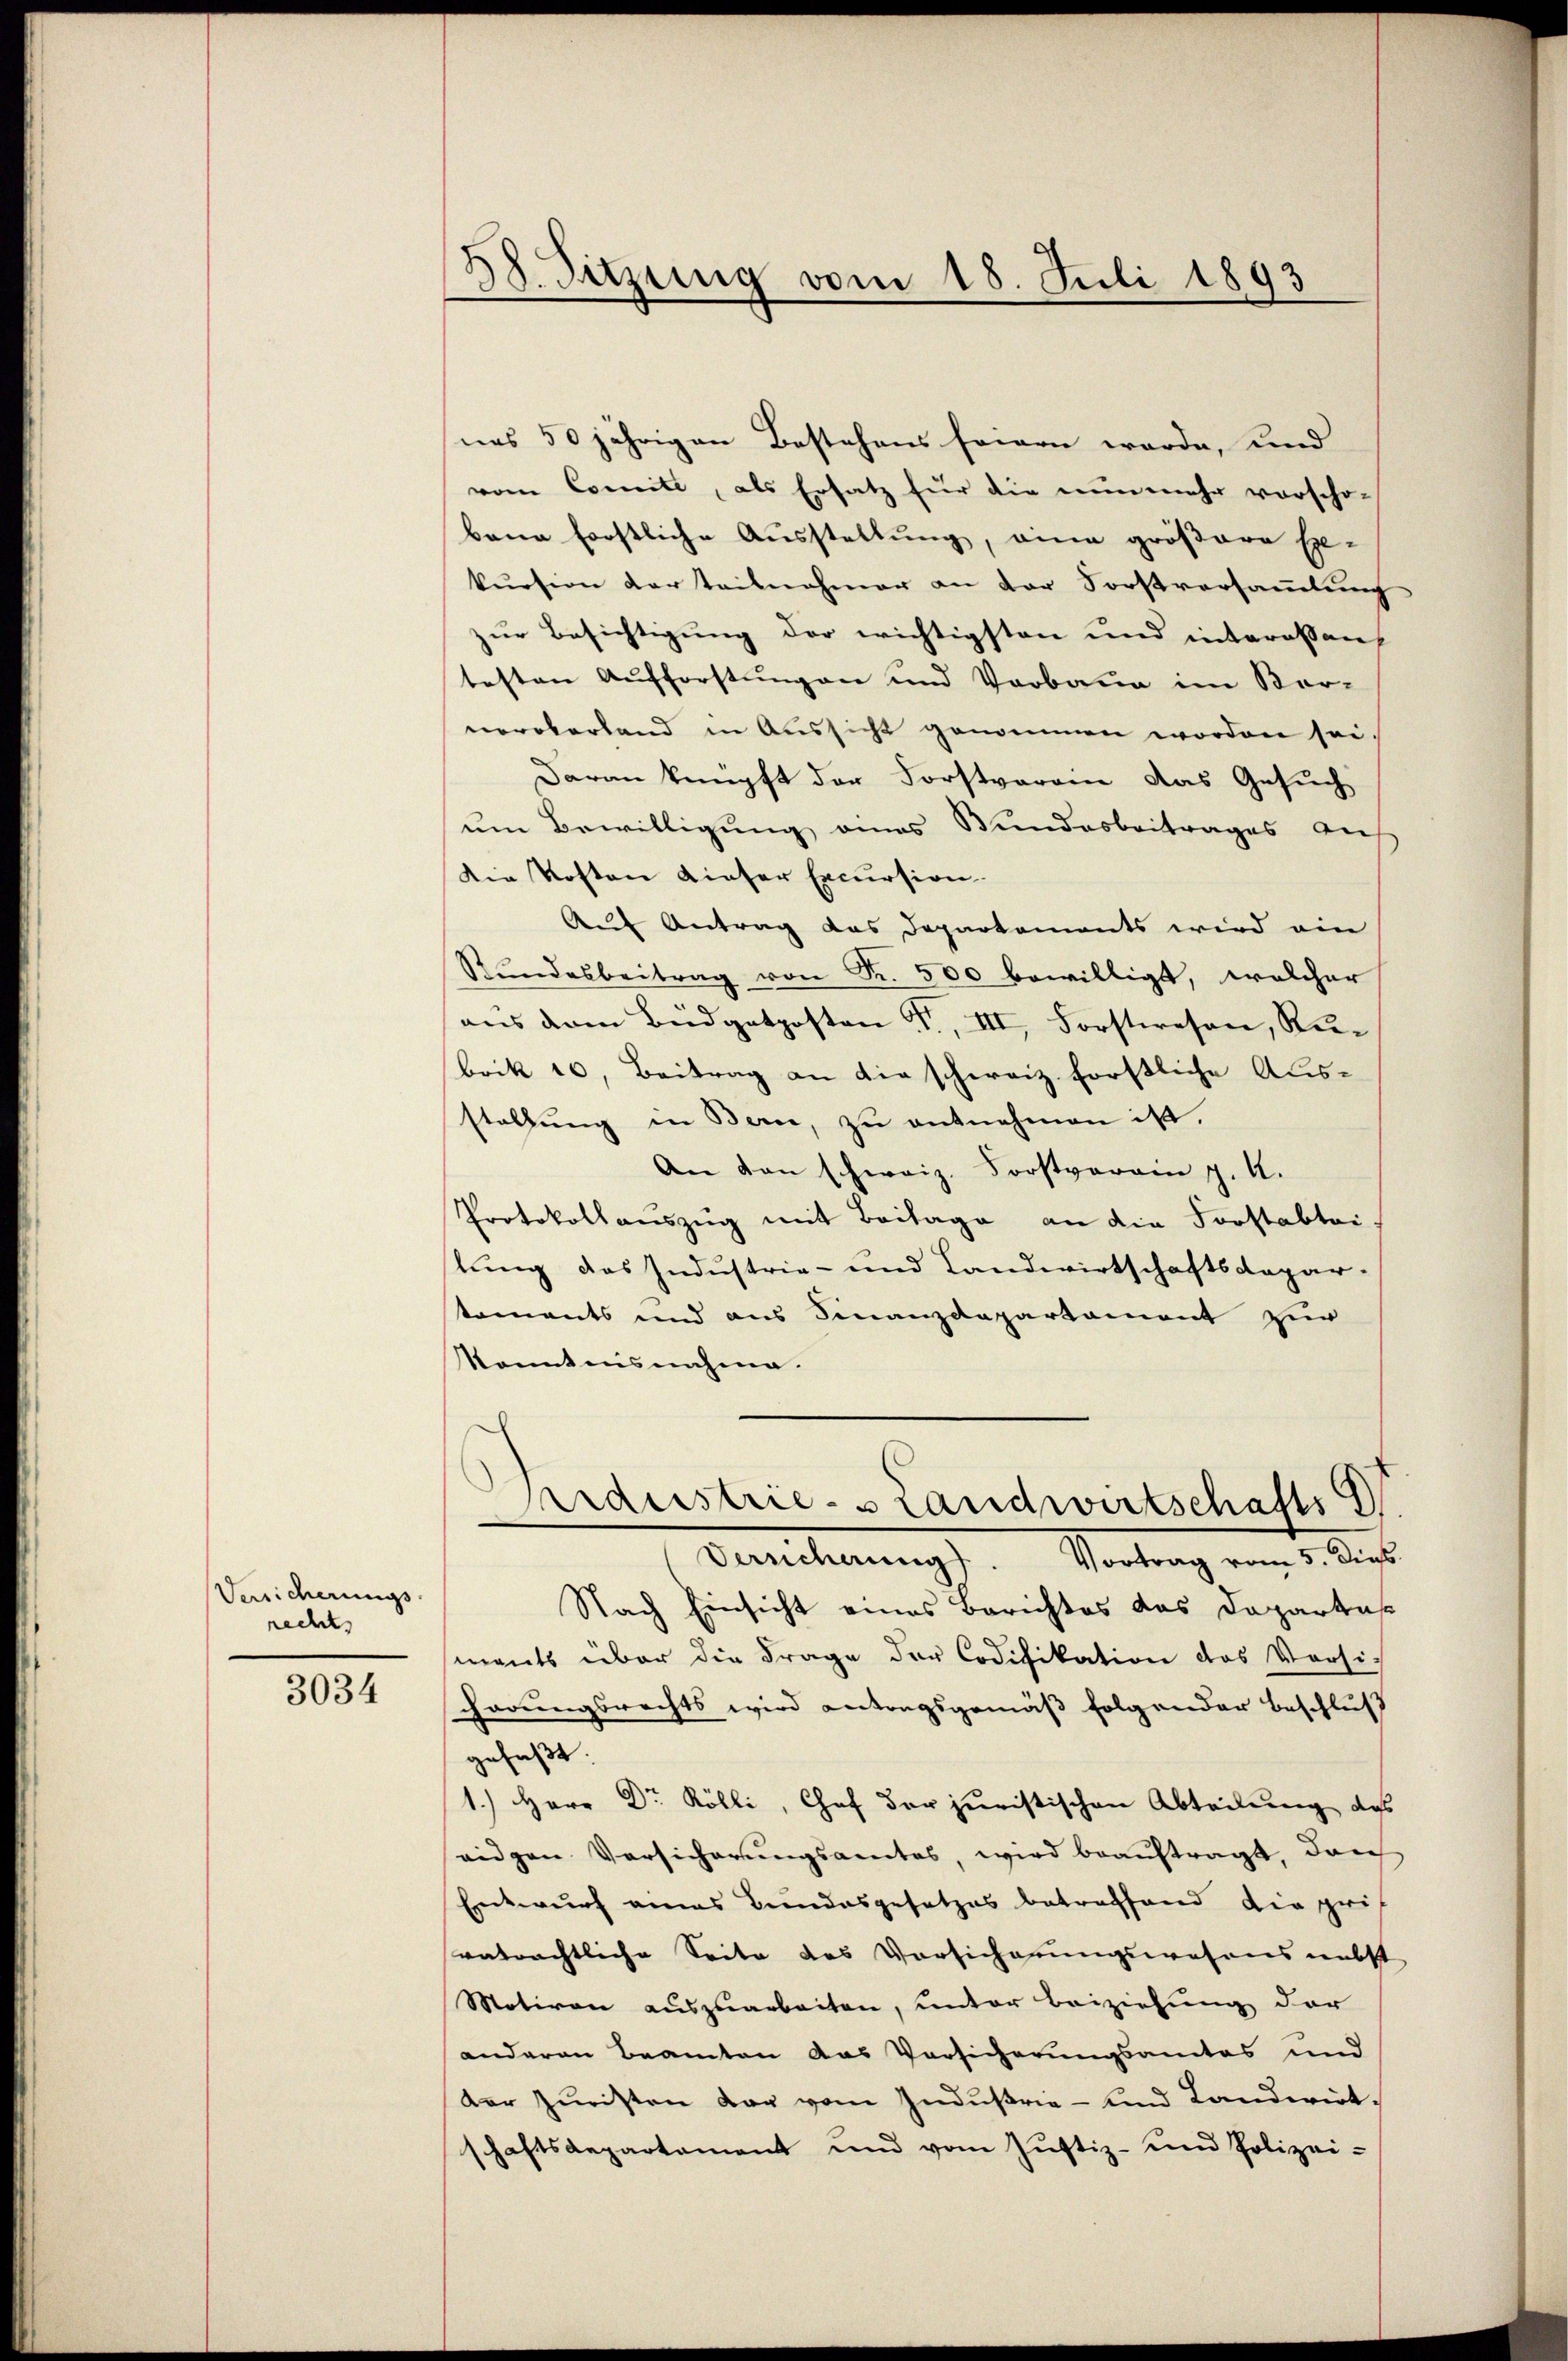
Versicherungs-
recht

3034

d
Suzung vom 18. Juli 1893

nas 50jährigen Bestehens feiern werde, und
vom Comite, als Ersatz für die nunmehr vorscho-
bana forstliche Ausstellung, eine größere Ex-
kursion der teilnehmer an der Forstversammlung
zur Besichtigung der wichtigsten und interessen
testen Aufforstungen und Vorbaue im Ver-
neroberland in Aussicht genommen worden sei.
Daran knüpft der Forstverane das Gesuch
um Bewilligung eines Bundesbeitrages auf
Die Kosten dieser Excursion.
Auf Antrag das Departements wird ein
Rŭndesbeitrag von Fr. 500 bewilligt, welcher
ans dem Büdgetposten F. III. Forstwesen, Rubrik 10, Beitrag an die schweiz. forstliche Ausstellung in Bern, zu entnehmen ist.
An den schweiz. Forstverein J. A.
Protokollauszug mit Baitage an die Forstabtoilung das Industrie- und Landwirtschaftsdepartaments und aus Finanzdepartament zur
konntensnahme.
Argeistrie-slandwirtschafts
Verscherung. Vortrag vom 5. die
Nach Einsicht eines Berichtes das Daparkas
mants über die Frage der Codifikation des Versi-
charungsrechts wird antragsgemäß folgender Beschluß
gefaßt:
1.) Herr Dr Rölli, Chef der juristischen Abteilung das
eidgen. Versicherungsamtes, wird beauftragt, durch
Entwurf eines Bundesgesetzes betreffend die grif
veträchtliche Seite des Vorsicherungswahres nebst
Motiven auszuarbeiten, unter Beiziehung der
anderen Beamten das Vorsicherungsamtes und
der Zuristen dar vom Industrie - und Landwirt-
schaftsdepartement und vom Jŭstiz- und Polizei-